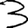
Digit: 3